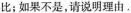
比；如果不是，请说明理由。